Report on the working of the mental hospitals for Indians in Bihar and Orissa - 1925-1929
Year: 1925
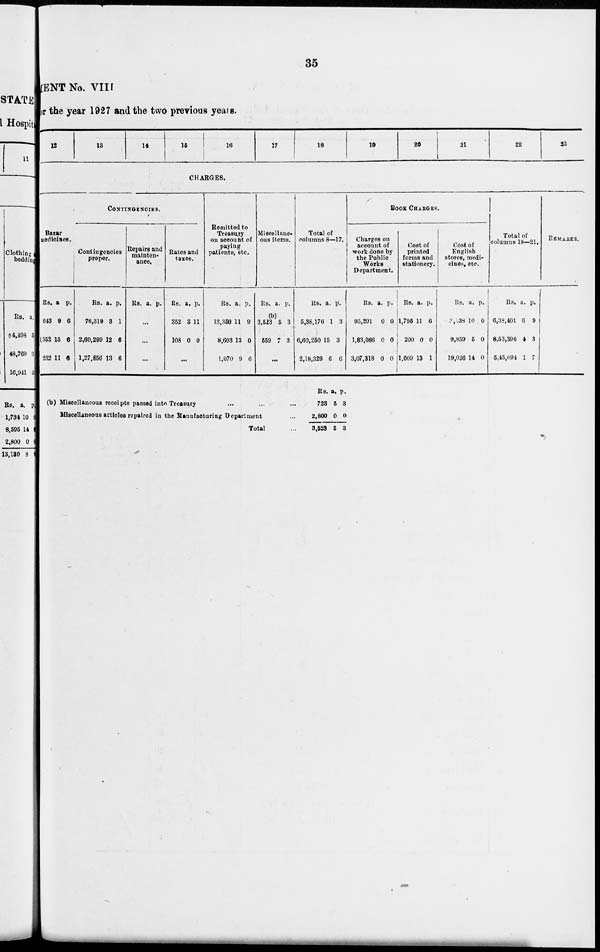
35
STATEMENT No. VIII
for the year 1927 and the two previous years.
12
13
14
15
16
17
18
19
20
21
22
23
CHARGES.
Bazar
medicines.
Rs.
643
1,352
252
a
9
15
11
p.
6
6
6
CONTINGENCIES.
Contingencies
proper.
Rs.
76,319
2,60,299
1,27,856
a.
3
12
13
p.
1
6
6
Repairs and
mainten-
ance.
Rs. a. p.
...
...
...
Rates and
taxes.
Rs.
352
108
a.
3
0
p.
11
0
...
Remitted to
Treasury
on account of
paying
patients, etc.
Rs.
13,350
8,603
1,070
a.
11
13
9
p.
9
0
6
Miscellane-
ous items.
Rs.
3,523
559
a.
(b)
5
7
p.
3
3
...
Total of
columns 8—17.
Rs.
5,38,176
6,60,250
2,18,329
a.
1
15
6
p.
3
3
6
BOOK CHARGES.
Charges on
account of
work done by
the Public
Works
Department.
Rs.
95,291
1,83,086
3,07,318
a.
0
0
0
p.
0
0
0
Cost of
printed
forms and
stationery.
Rs.
1,795
200
1,009
a.
11
0
13
p.
6
0
1
Cost of
English
stores, medi-
cines, etc.
Rs.
3,138
9,859
19,036
a.
10
5
14
p.
0
0
0
Total of
columns 18—21.
Rs.
6,38,401
8,53,396
5,45,694
a.
6
4
1
p.
9
3
7
REMARKS.
(b) Miscellaneous receipts passed into Treasury ... ... ...
Miscellaneous articles repaired in the Manufacturing Department ...
Total ...
Rs.
723
2,800
3,523
a.
5
0
5
p.
3
0
3